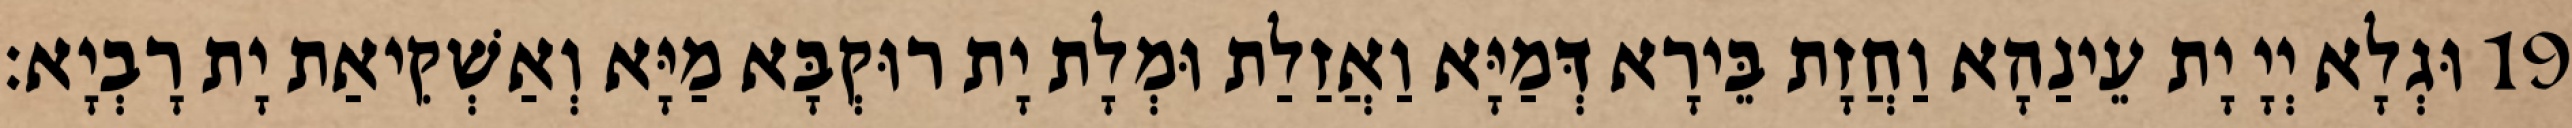
19 וּגְלָא יְיָ יָת עֵינַהָא וַחֲזָת בֵּירָא דְּמַיָּא וַאֲזַלַת וּמְלָת יָת רוּקְבָּא מַיָּא וְאַשְׁקִיאַת יָת רָבְיָא׃